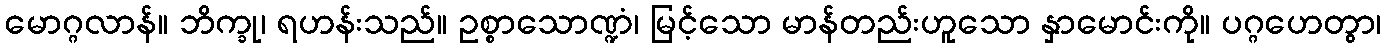
မောဂ္ဂလာန်။ ဘိက္ခု၊ ရဟန်းသည်။ ဥစ္စာသောဏ္ဍံ၊ မြင့်သော မာန်တည်းဟူသော နှာမောင်းကို။ ပဂ္ဂဟေတွာ၊